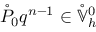
\mathring { P } _ { 0 } q ^ { n - 1 } \in \mathring { \mathbb { V } } _ { h } ^ { 0 }